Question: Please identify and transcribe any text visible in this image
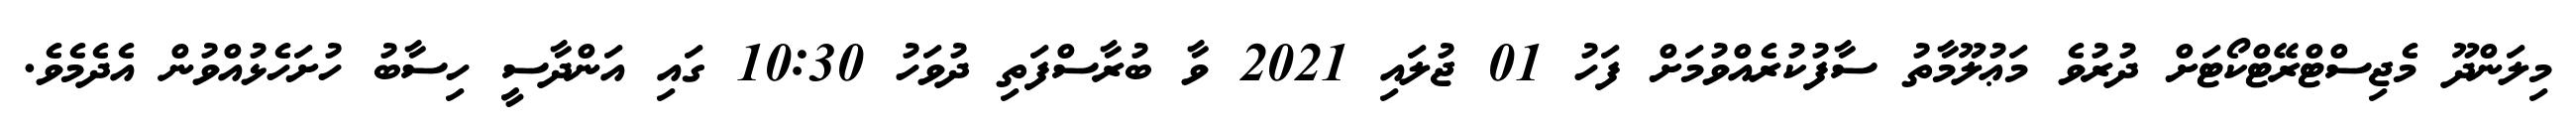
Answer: މިލަންދޫ މެޖިސްޓްރޭޓްކޯޓަށް ދުރުވެ މަޢުލޫމާތު ސާފުކުރެއްވުމަށް ފަހު 01 ޖުލައި 2021 ވާ ބުރާސްފަތި ދުވަހު 10:30 ގައި އަންދާސީ ހިސާބު ހުށަހެޅުއްވުން އެދެމެވެ.